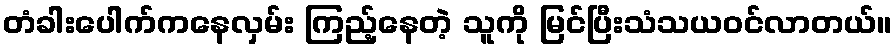
တံခါးပေါက်ကနေလှမ်း ကြည့်နေတဲ့ သူကို မြင်ပြီးသံသယဝင်လာတယ်။